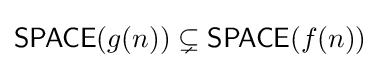
{\mathsf {SPACE}}(g(n))\subsetneq {\mathsf {SPACE}}(f(n))